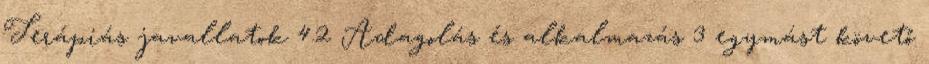
Terápiás javallatok 4.2 Adagolás és alkalmazás 3 egymást követő